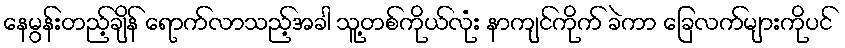
နေမွန်းတည့်ချိန် ရောက်လာသည့်အခါ သူ့တစ်ကိုယ်လုံး နာကျင်ကိုက် ခဲကာ ခြေလက်များကိုပင်